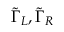
\tilde { \Gamma } _ { L } , \tilde { \Gamma } _ { R }